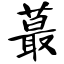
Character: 蕞